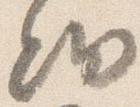
細